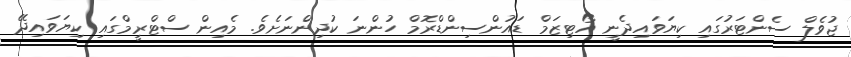
ޖުވެލް ސެންޓަރުގައި ކިޔަވައިދެނީ އޯޓިޒަމް ޑައުންސިންޑްރޮމް ހުންނަ ކުދިންނަށެވެ. މެއިން ސްޓްރީމްގައި ކިޔަވައިދޭ